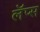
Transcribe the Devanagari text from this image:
लॅप्स